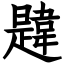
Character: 韙